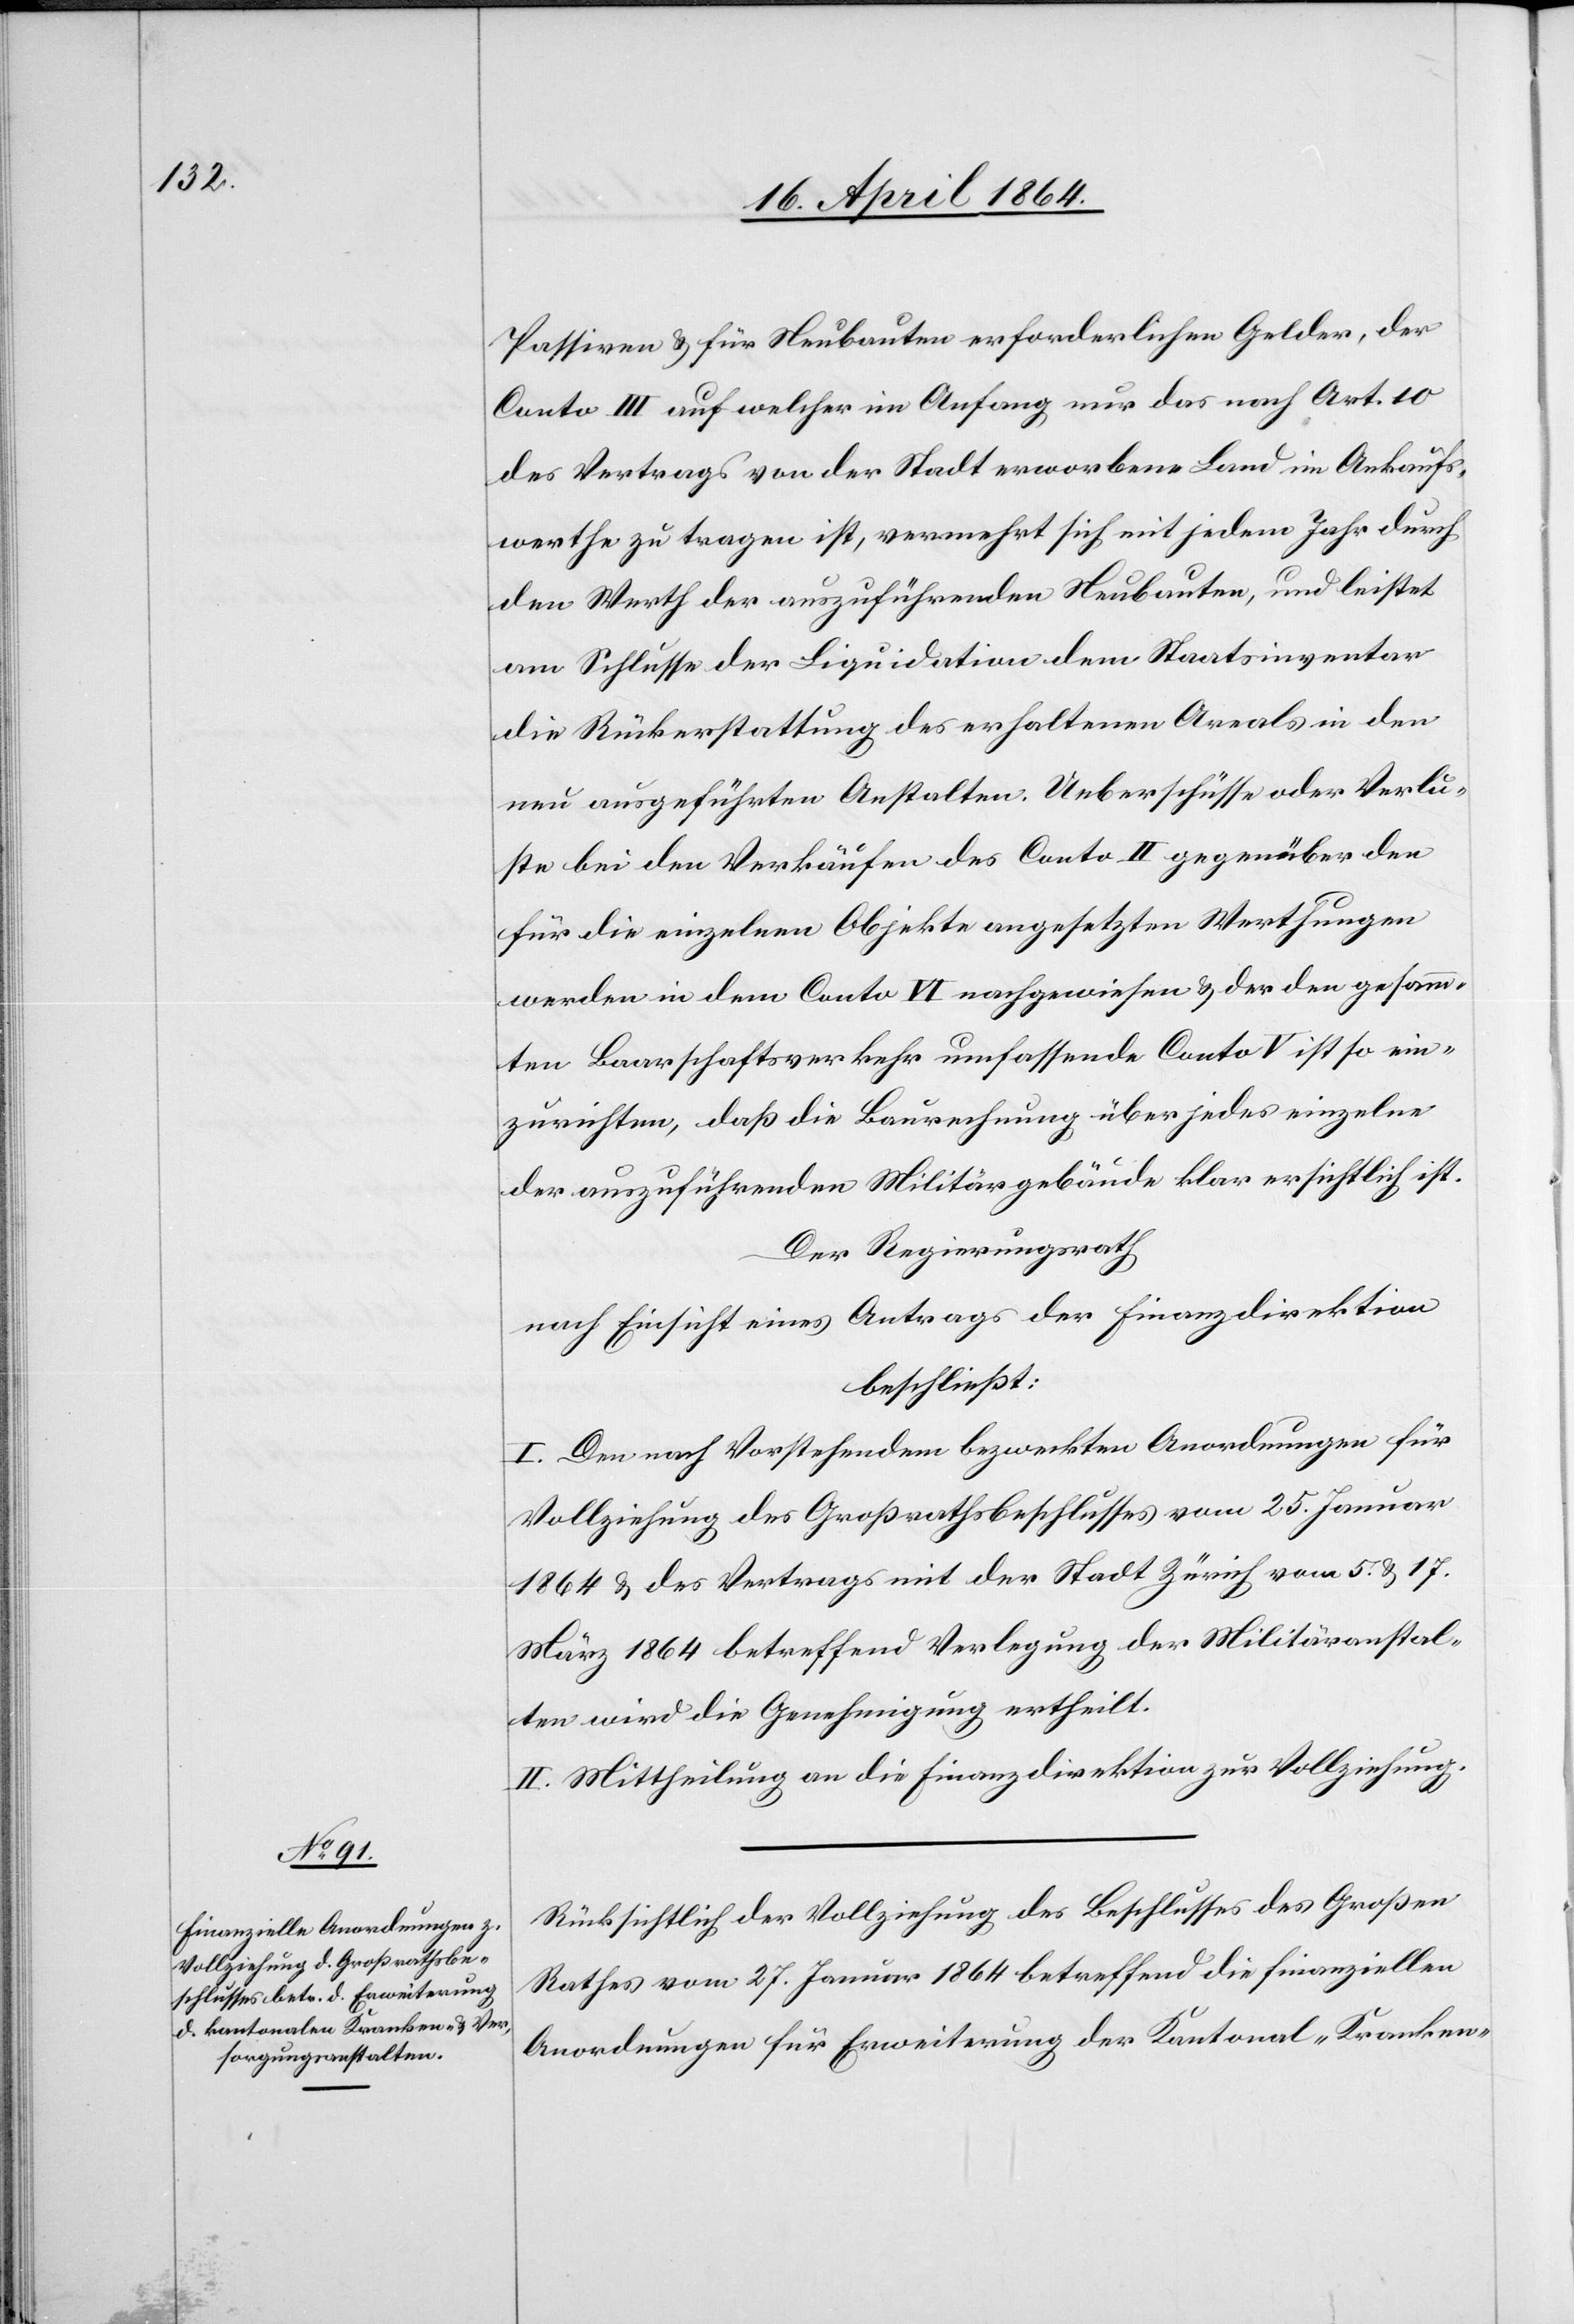
Passiven u. für Neubauten erforderlichen Gelder, der
Conto III auf welcher im Anfang nur das nach Art. 10
des Vertrags von der Stadt erworbene Land im Ankaufs¬
werthe zu tragen ist, vermehrt sich mit jedem Jahr durch
den Werth der auszuführenden Neubauten, und leistet
am Schlusse der Liquidation dem Staatsinventar
die Rückerstattung des erhaltenen Areals in den
neu ausgeführten Anstalten. Ueberschüsse oder Verlu¬
ste bei den Verkäufen des Conto II gegenüber den
für die einzelnen Objekte angesetzten Werthungen
werden in dem Conto VI nachgewiesen u. der den gesamm¬
ten Baarschaftsverkehr umfassende Conto V ist so ein¬
zurichten, daß die Baurechnung über jedes einzelne
der anzuführenden Militärgebäude klar ersichtlich ist.
Der Regierungsrath
nach Einsicht eines Antrages der Finanzdirektion
beschließt:
I. Den nach Vorstehendem bezweckten Anordnungen für
Vollziehung des Großrathsbeschlusses vom 25. Januar
1864 u. des Vertrags mit der Stadt Zürich vom 5. u. 17.
März 1864 betreffend Verlegung der Militäranstal¬
ten wird die Genehmigung ertheilt.
II. Mittheilung an die Finanzdirektion zur Vollziehung.
Rücksichtlich der Vollziehung des Beschlusses des Großen
Rathes vom 27. Januar 1864 betreffend die finanziellen
Anordnungen für Erweiterung der Kantonal-Kranken-